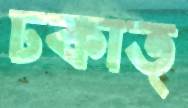
ঢকাত্